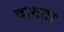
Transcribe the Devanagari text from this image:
दागता